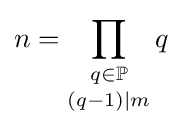
n=\mathop {\prod _{q\in \mathbb {P} }} _{(q-1)|m}q